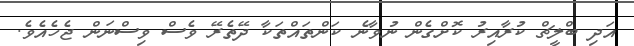
އަދި ބްލީޗް ކުރާއިރު ކޮށްގެން ނުވާނެ ކަންތައްތަކާ ދޭތެރޭ ވެސް ވިސްނަން ޖެހެއެވެ.